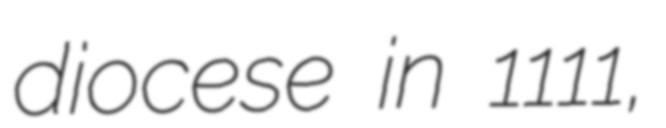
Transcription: diocese in 1111,